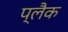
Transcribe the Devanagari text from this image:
प्लैक